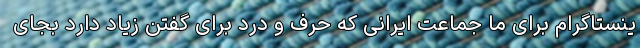
ینستاگرام برای ما جماعت ایرانی که حرف و درد برای گفتن زیاد دارد بجای